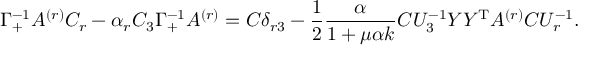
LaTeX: \Gamma _ { + } ^ { - 1 } A ^ { ( r ) } C _ { r } - \alpha _ { r } C _ { 3 } \Gamma _ { + } ^ { - 1 } A ^ { ( r ) } = C \delta _ { r 3 } - \frac { 1 } { 2 } \frac { \alpha } { 1 + \mu \alpha k } C U _ { 3 } ^ { - 1 } Y Y ^ { \mathrm { T } } A ^ { ( r ) } C U _ { r } ^ { - 1 } .